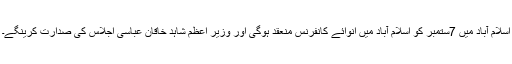
اسلام آباد میں 7ستمبر کو اسلام آباد میں انوائے کانفرنس منعقد ہوگی اور وزیر اعظم شاہد خاقان عباسی اجلاس کی صدارت کرینگے۔